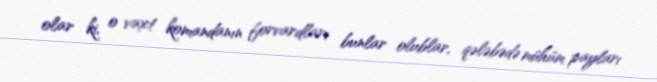
olar ki, o vaxt komandanın forvardları bunlar olublar, qələbədə mühüm payları